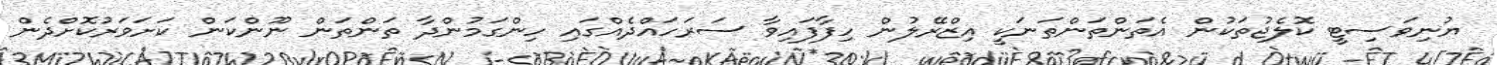
ޔުނިވަސިޓީ ކޮލެޖުތަކުން އެތަންތަންތަނަކީ އިޒްރޭލުން ހިފާފައިވާ ސަރަހައްދެއްގައި ހިންގަމުންދާ ތަންތަން ނޫންކަން ކަށަވަރުކޮށްދެން